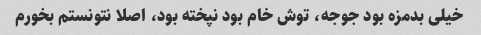
خیلی بدمزه بود جوجه، توش خام بود نپخته بود، اصلا نتونستم بخورم